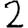
Digit: 2